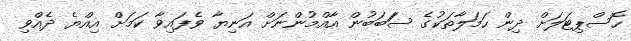
ހޮސްޕިޓަލަށް ދިން ހަމަލާތަކުގެ ސަަބަބުން އާއްމުންނަށް އަނިޔާ ވެފައިވާ ކަމަށް އިއްޔެ ދެއްވި